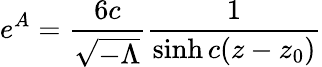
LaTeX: e^{A}=\frac{6c}{{\sqrt{-\Lambda}}}\frac{1}{\sinh c(z-z_{0})}